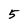
Character: 5